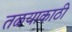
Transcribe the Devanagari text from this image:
तळयाकाठी